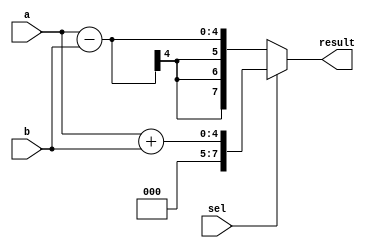
module combinational_logic (
    input wire [3:0] a,       // 4-bit input signal
    input wire [3:0] b,       // 4-bit input signal
    input wire sel,           // Selection input signal
    output reg [7:0] result   // 8-bit output signal
);

always @(*) begin
    // Default output value
    result = 8'b0;

    // Combinational logic based on inputs
    if (sel) begin
        // If sel is high, add a and b
        result = a + b;
    end else begin
        // If sel is low, subtract b from a
        result = a - b;
    end
end

endmodule